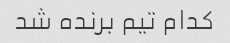
کدام تیم برنده شد